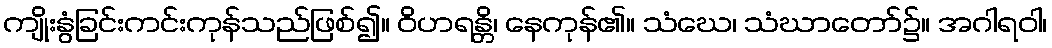
ကျိုးနွံခြင်းကင်းကုန်သည်ဖြစ်၍။ ဝိဟရန္တိ၊ နေကုန်၏။ သံဃေ၊ သံဃာတော်၌။ အဂါရဝါ၊